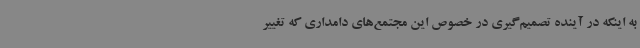
به اینکه در آینده تصمیم‌گیری در خصوص این مجتمع‌های دامداری که تغییر